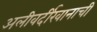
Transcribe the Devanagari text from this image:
अलीवर्दीखानाची